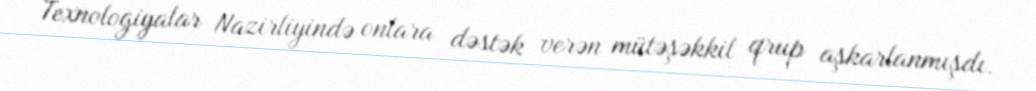
Texnologiyalar Nazirliyində onlara dəstək verən mütəşəkkil qrup aşkarlanmışdı.